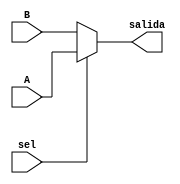
`timescale 1ns / 1ps
//////////////////////////////////////////////////////////////////////////////////
// Company: 
// Engineer: 
// 
// Design Name: 
// Module Name:    mux2 
// Project Name: 
// Target Devices: 
// Tool versions: 
// Description: 
//
// Dependencies: 
//
// Revision: 
// Revision 0.01 - File Created
// Additional Comments: 
//
//////////////////////////////////////////////////////////////////////////////////
module mux2
(A,B,sel,salida);

	// Entradas modulo
	input wire [15:0] A, B;
	input wire sel;
	
	// Salidas modulo
	output wire [15:0] salida;
	
	// Logica multiplexor
	assign salida = (sel) ? A: B;
	
endmodule